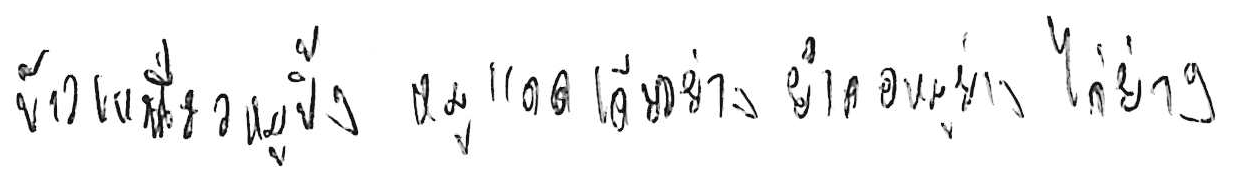
ข้าวเหนียวหมูปิ้ง หมูแดดเดียวย่าง ยำคอหมูย่าง ไก่ย่าง